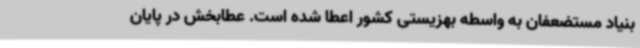
بنیاد مستضعفان به واسطه بهزیستی کشور اعطا شده است. عطابخش در پایان